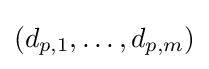
(d_{p,1},\ldots ,d_{p,m})